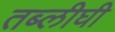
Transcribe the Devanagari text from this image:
तब्लीघी